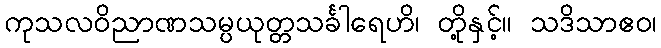
ကုသလဝိညာဏသမ္ပယုတ္တသင်္ခါရေဟိ၊ တို့နှင့်။ သဒိသာဧဝ၊